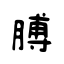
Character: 膊